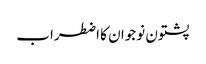
پشتون نوجوان کا اضطراب